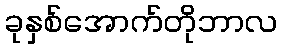
ခုနှစ်အောက်တိုဘာလ